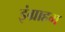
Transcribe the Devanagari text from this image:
इंग्राहम